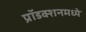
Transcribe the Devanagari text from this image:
प्रॉडक्शनमध्ये